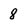
Character: 8